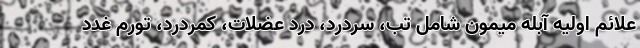
علائم اولیه آبله میمون شامل تب، سردرد، درد عضلات، کمردرد، تورم غدد